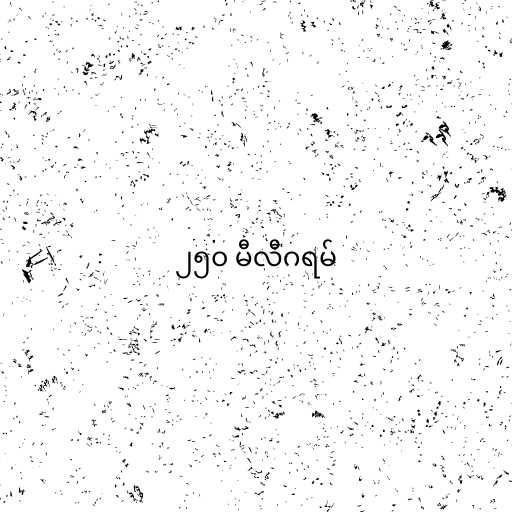
၂၅၀ မီလီဂရမ်